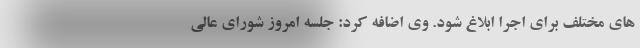
های مختلف برای اجرا ابلاغ شود. وی اضافه کرد: جلسه امروز شورای عالی